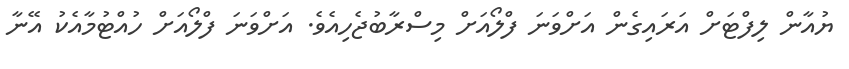
ޔުއާން ލިފްޓަށް އަރައިގެން އަށްވަނަ ފްލޯއަށް މިސްރާބުޖެހިއެވެ. އަށްވަނަ ފްލޯއަށް ހުއްޓުމާއެކު އޭނާ